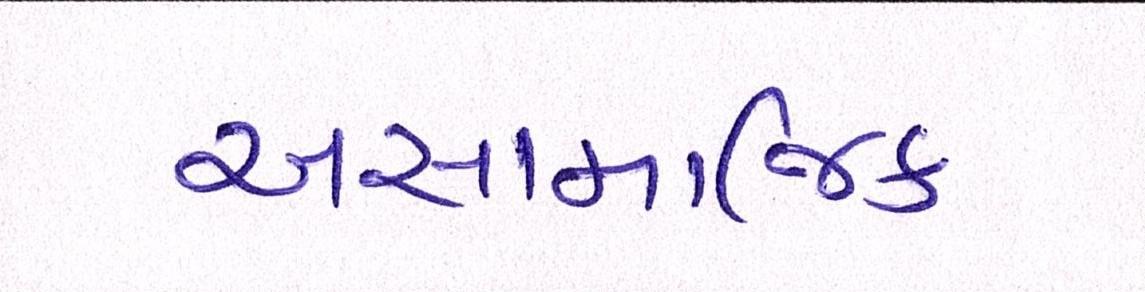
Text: અસામાજિક